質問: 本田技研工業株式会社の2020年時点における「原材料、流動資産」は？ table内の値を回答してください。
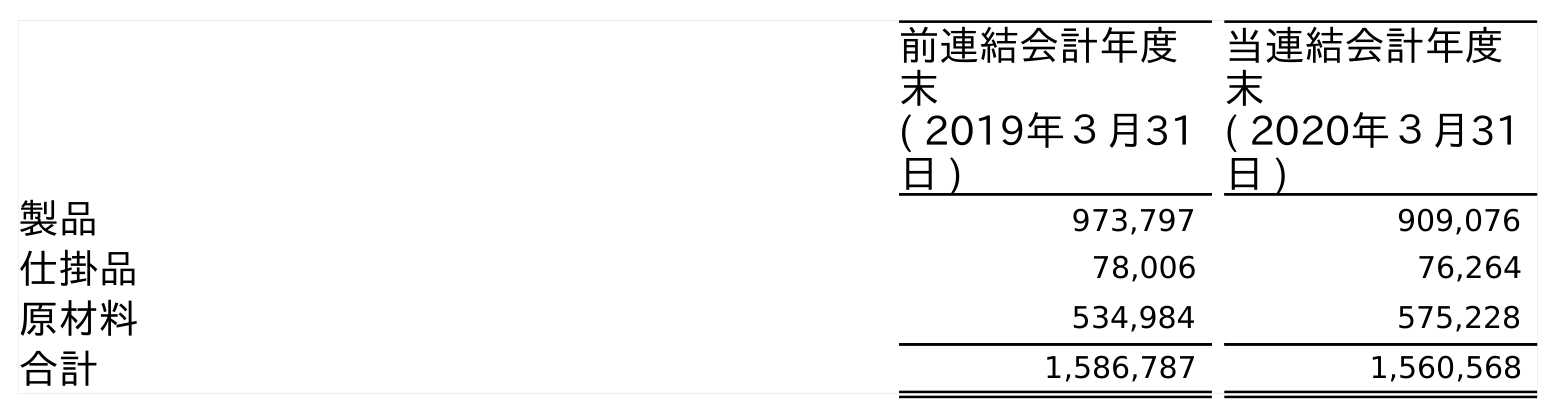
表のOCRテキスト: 前連結会計年度 末 ( 2019年３月31 日 ) 当連結会計年度 末 ( 2020年３月31 日 ) 製品 973,797 909,076 仕掛品 78,006 76,264 原材料 534,984 575,228 合計 1,586,787 1,560,568
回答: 575,228